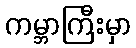
ကမ္ဘာကြီးမှာ